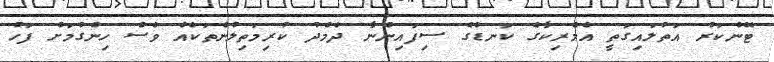
ޓޭންކަރު އަތުލައިގަތީ އެމެރިކާގެ ކަނޑުގެ ސިފައިންނާ ދެމެދު ކުރިމަތިލުންތަކެއް ވެސް ހިންގުމަށް ފަހު